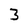
Character: 3